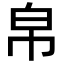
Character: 帛